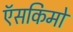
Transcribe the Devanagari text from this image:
ऍसकिमो